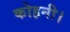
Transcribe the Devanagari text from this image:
कोहनी।